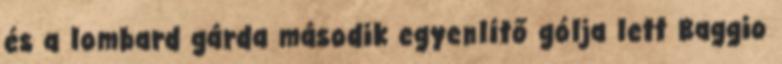
és a lombard gárda második egyenlítő gólja lett Baggio